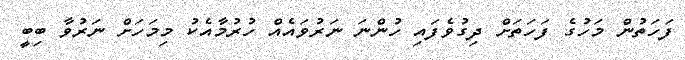
ފަހަތުން މަހުގެ ފަހަތަށް ދިގުވެފައި ހުންނަ ނަރުވައެއް ހުރުމާއެކު މިމަހަށް ނަރުވާ ބިބީ